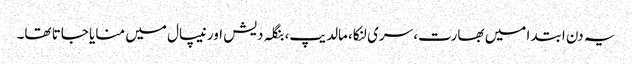
یہ دن ابتدا میں بھارت، سری لنکا، مالدیپ، بنگلہ دیش اور نیپال میں منایا جاتا تھا۔